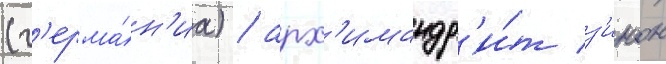
(г'ерма́н'иа) / арх'имандр'и́т з'инон